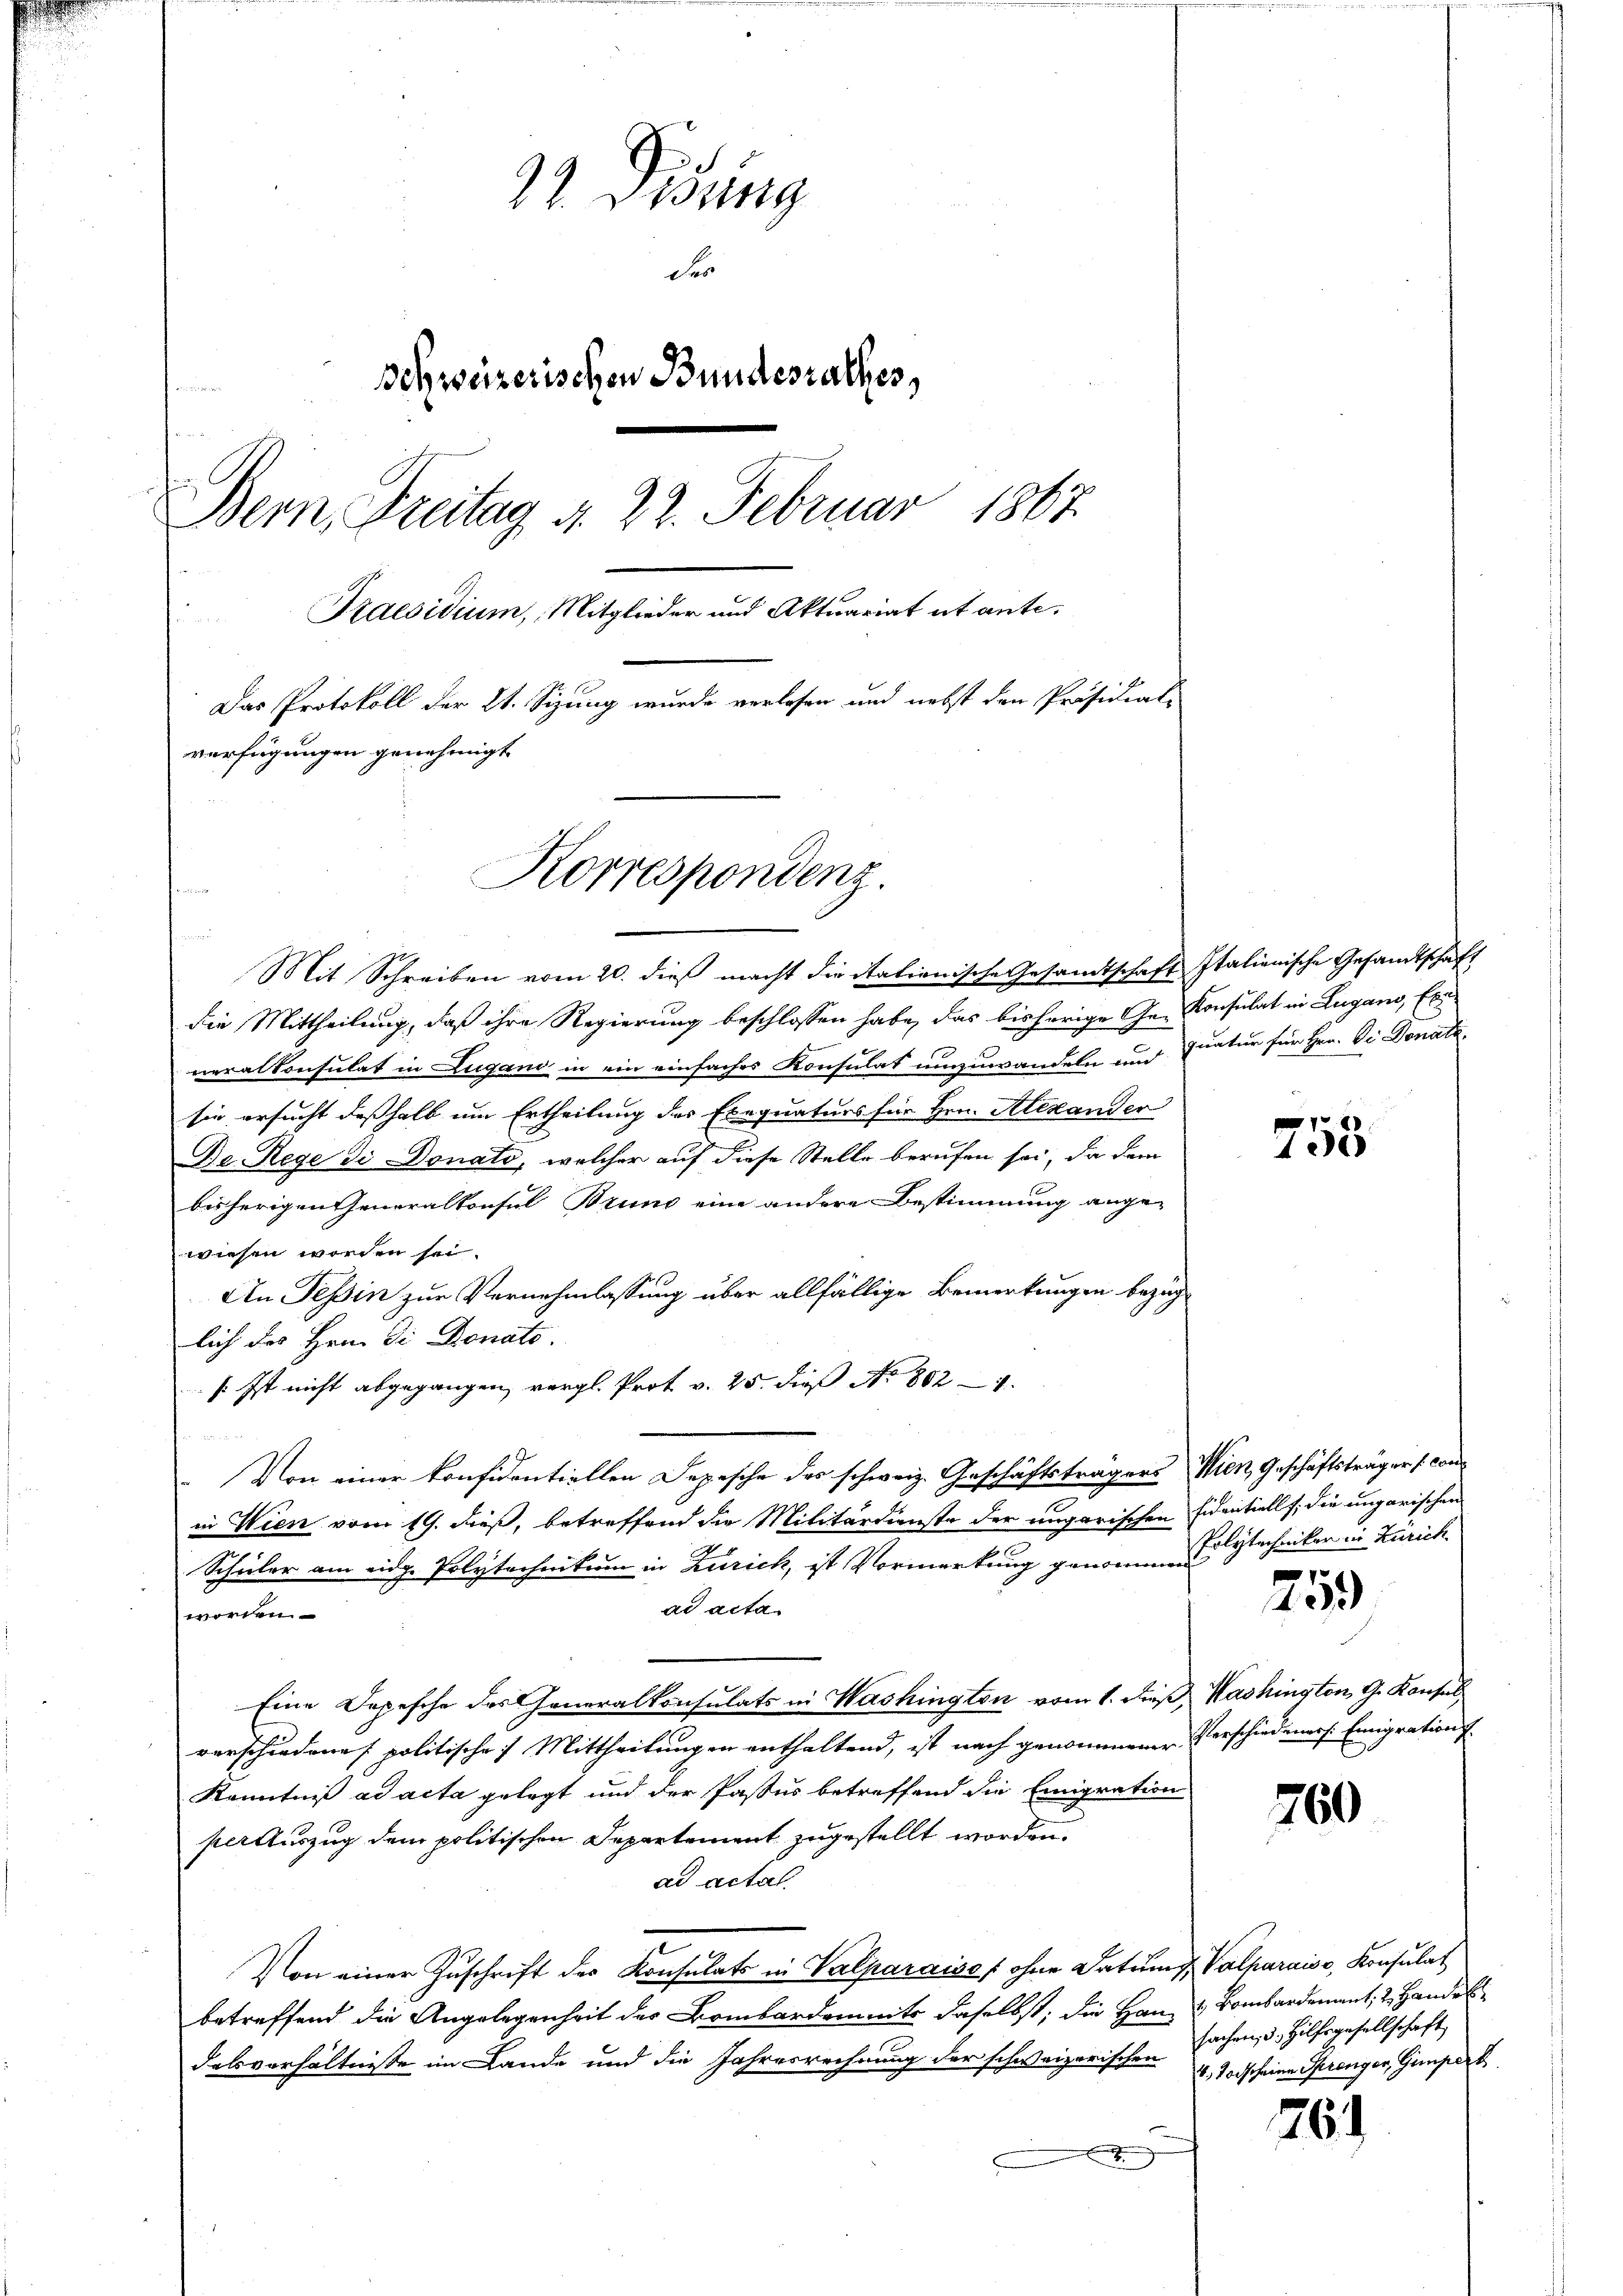
29. Disung
Der
Schweizerischen Bundesrathes,
Bern, Freitag d. 22. Februar 1867
Praesidium, Mitglieder und Aktuariat et ante¬
Das Protokoll der 21. Sizung wurde verlesen und nebst den Präsidial-
verfügungen genehmigt
Korrespondenz.

Mit Schreiben vom 20. dieß macht die Stationische Gesandtschaft Italienische Gesandtschaft

die Mittheilung, daß ihre Regierung beschlossen habe, das bisherige Ge-Konsulat in Lugano, Ex.
¬
neralkonsulat in Lugano in ein einfaches Konsulat umzuwandeln und Quatur für Hrn. Die Donata.
sie ersucht deßhalb um Ertheilung des Exequaturs für Hrn. Alexander
Be. Rege di Donato, welcher auf diese Stelle berufen sei, da dem
bisherigen Generalkonsul Bruno eine andere Bestimmung ange-
wiesen worden sei.
An Tessin zur Vernehmlassung über allfällige Bemerkungen bezüg-
lich des Hrn. Die Donato.
s. Ist nicht abgegangen, vergl. Prot v. 25. dieß No 802 4
Von einer konfidentiellen Depesche des schweiz. Geschäftsträgers Wien, Geschäftsträger Conin Wien vom 19. dieß, betreffend die Militärdienste der ungarischen Eidentiell, die ungarischen
Schüler am eidg. Polytechnikum in Zürich, ist Vormarkung genommen
ad acta
worden.
Eine Depesche des Generalkonsulats in Washington vom 1. dieß, Washington, G. Konsul
verschiedene politische Mittheilungen enthaltend, ist nach genommener Verschiedeners. Emigrations-
Kenntniß ad acta gelegt und der Passus betreffend die Emigration
pter Auszug dem politischen Departement zugestellt worden.
ad actal
Von einer Zuschrift des Konsulats in Valparaison ohne Datum d. Valparaiss, Konsulat
betreffend die Angelegenheit des Bombardemmits daselbst; die Hanz & Bombardement; 2. Handel
dasverhältnisse im Lande und die Jahresrechnung der schweizerischen 4, 10 scheine Sprenger, Gempert
x

758

Polytechniker in Zürich
e

403

760

sachen, d. Hilfsgesellschaft

76